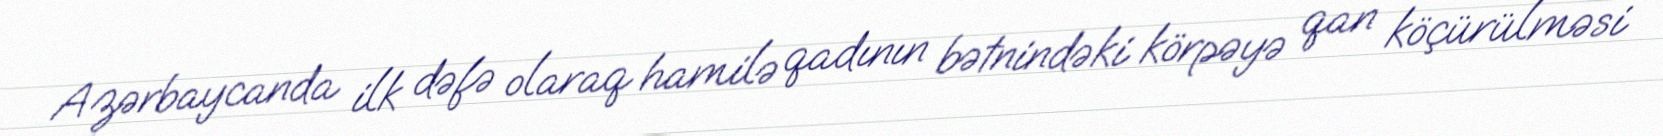
Azərbaycanda ilk dəfə olaraq hamilə qadının bətnindəki körpəyə qan köçürülməsi